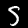
Label: 5